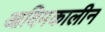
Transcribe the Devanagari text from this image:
आदिमकालीन